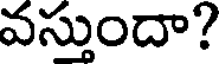
వస్తుందా?